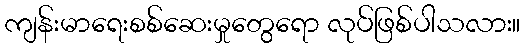
ကျန်းမာရေးစစ်ဆေးမှုတွေရော လုပ်ဖြစ်ပါသလား။